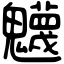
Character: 𩴾